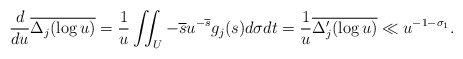
\begin{align*}\frac{d}{du}\overline{\Delta_j(\log u)} = \frac{1}{u}\iint_U -\overline{s}u^{-\overline{s}} g_j(s) d\sigma dt = \frac{1}{u}\overline{\Delta'_j(\log u)}\ll u^{-1-\sigma_1}.\end{align*}